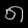
Digit: ၈